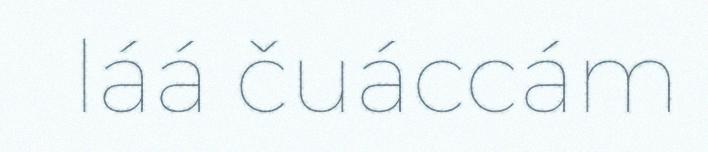
láá čuáccám